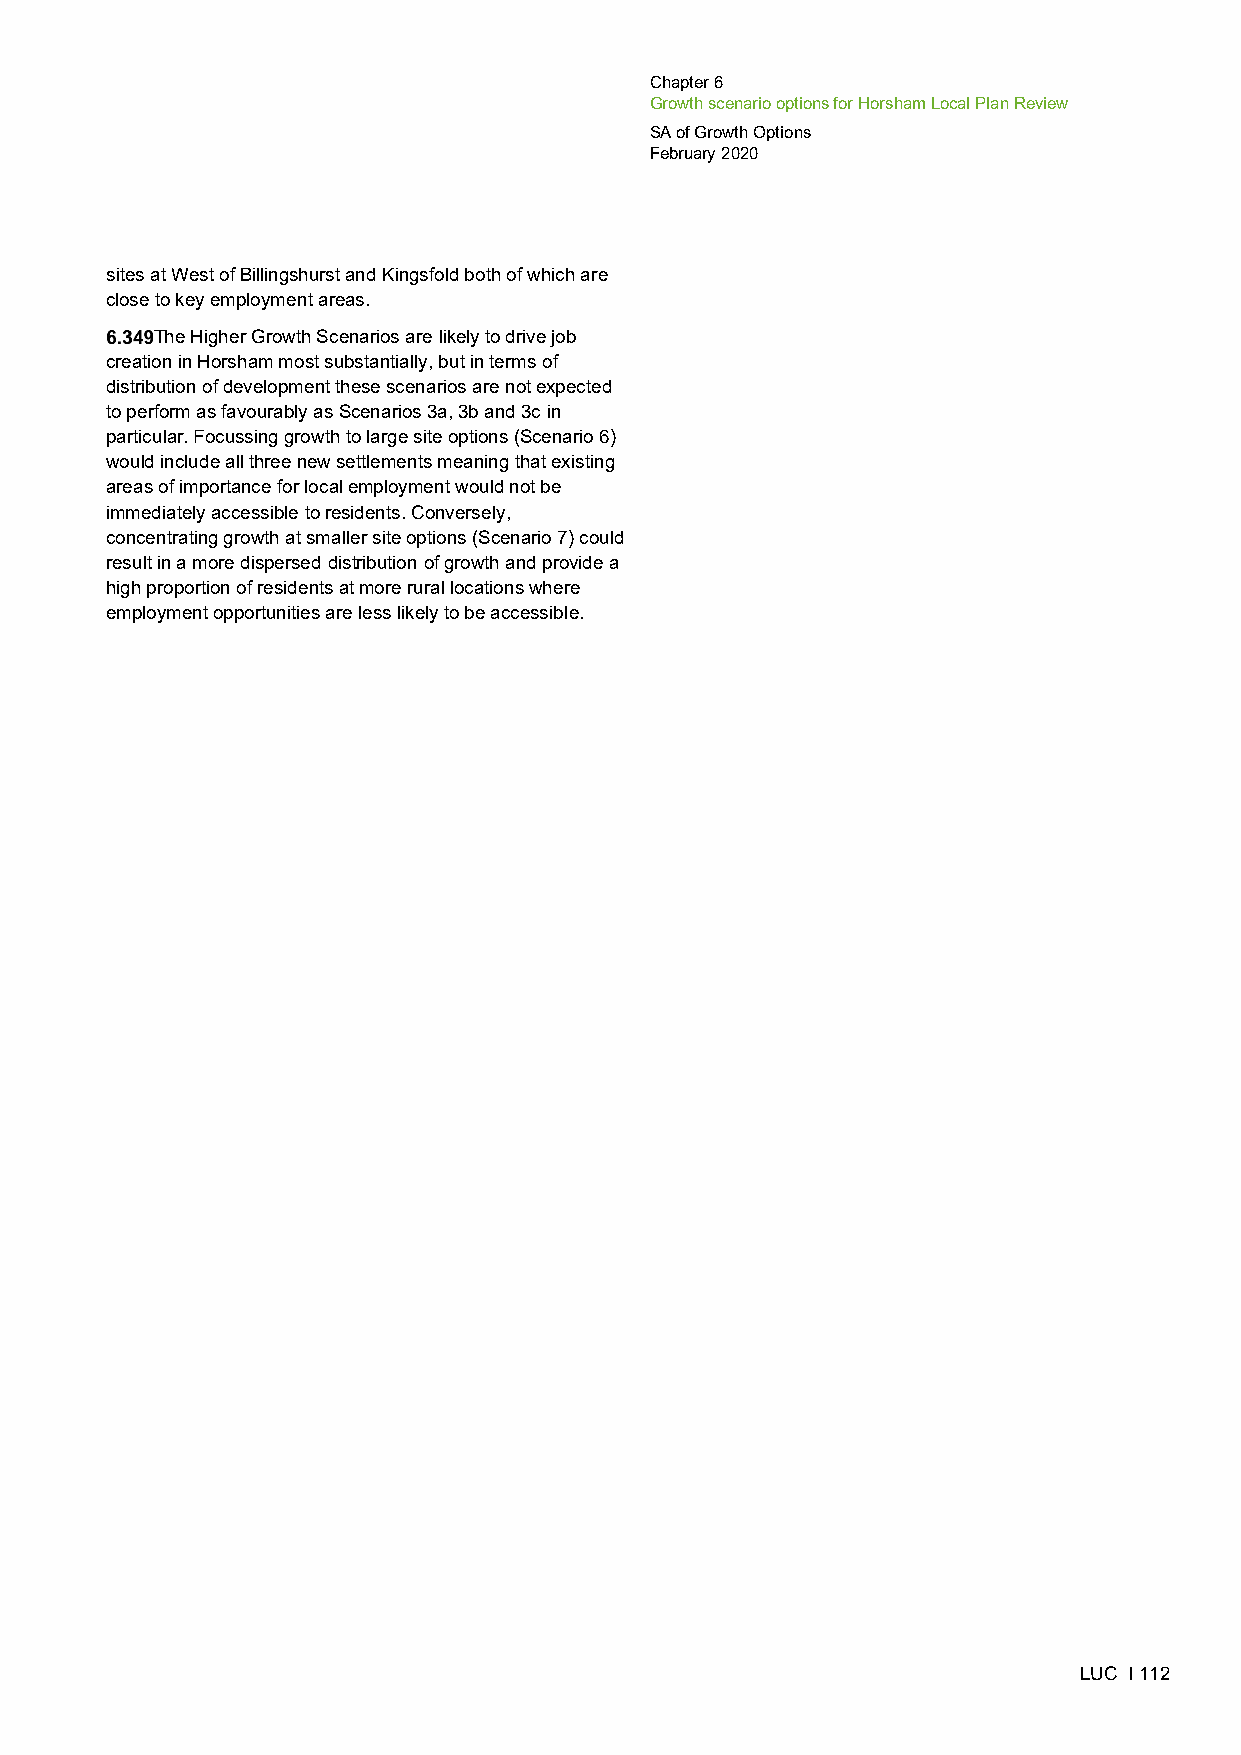
Chapter 6
 Growth scenario options for Horsham Local Plan Review
 SA of Growth Options
 February 2020
 sites at West of Billingshurst and Kingsfold both of which are
 close to key employment areas.
 The Higher Growth Scenarios are likely to drive job
 creation in Horsham most substantially, but in terms of
 distribution of development these scenarios are not expected
 to perform as favourably as Scenarios 3a, 3b and 3c in
 particular. Focussing growth to large site options (Scenario 6)
 would include all three new settlements meaning that existing
 areas of importance for local employment would not be
 immediately accessible to residents. Conversely,
 concentrating growth at smaller site options (Scenario 7) could
 result in a more dispersed distribution of growth and provide a
 high proportion of residents at more rural locations where
 employment opportunities are less likely to be accessible.
 LUC I 112